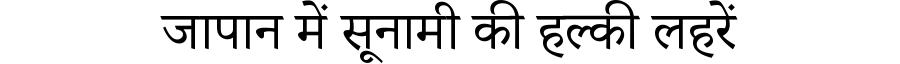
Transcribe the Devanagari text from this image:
जापान में सूनामी की हल्की लहरें